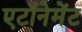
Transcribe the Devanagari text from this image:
एटॉनेमेंट